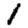
Digit: 1